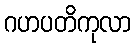
ဂဟပတိကုလာ